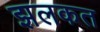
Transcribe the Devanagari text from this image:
झलकत